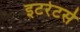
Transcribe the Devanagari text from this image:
इटरेटर्स